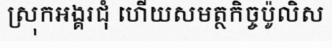
ស្រុកអង្គរជុំ ហើយសមត្ថកិច្ចប៉ូលិស